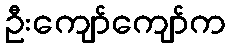
ဦးကျော်ကျော်က